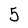
Character: 5